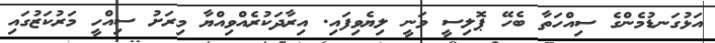
އަޅުގަނޑުމެންގެ ސިއްހަތާ ބެހޭ ޕޮލިސީ ވަނީ ލިޔެވިފައި. އިރާދަކުރެއްވިއްޔާ މިރަށު ސިއްހީ މަރުކަޒުގައި